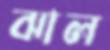
ঝাল